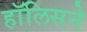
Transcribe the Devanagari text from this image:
हॉलिसने